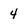
Character: 4